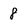
Character: 8